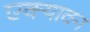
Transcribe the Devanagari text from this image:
एक्यावन